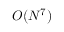
O ( N ^ { 7 } )